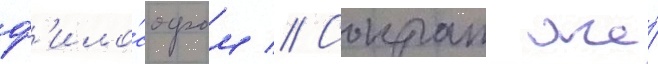
ф'ило́софом // Сократ же́